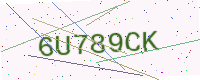
Text: 6U789CK